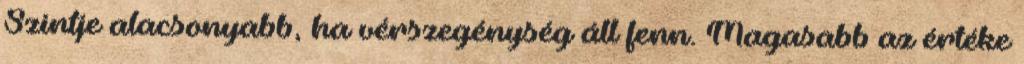
Szintje alacsonyabb, ha vérszegénység áll fenn. Magasabb az értéke